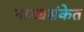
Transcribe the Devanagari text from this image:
नाट्यसंकेत